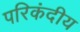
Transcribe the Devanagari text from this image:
परिकंदीय